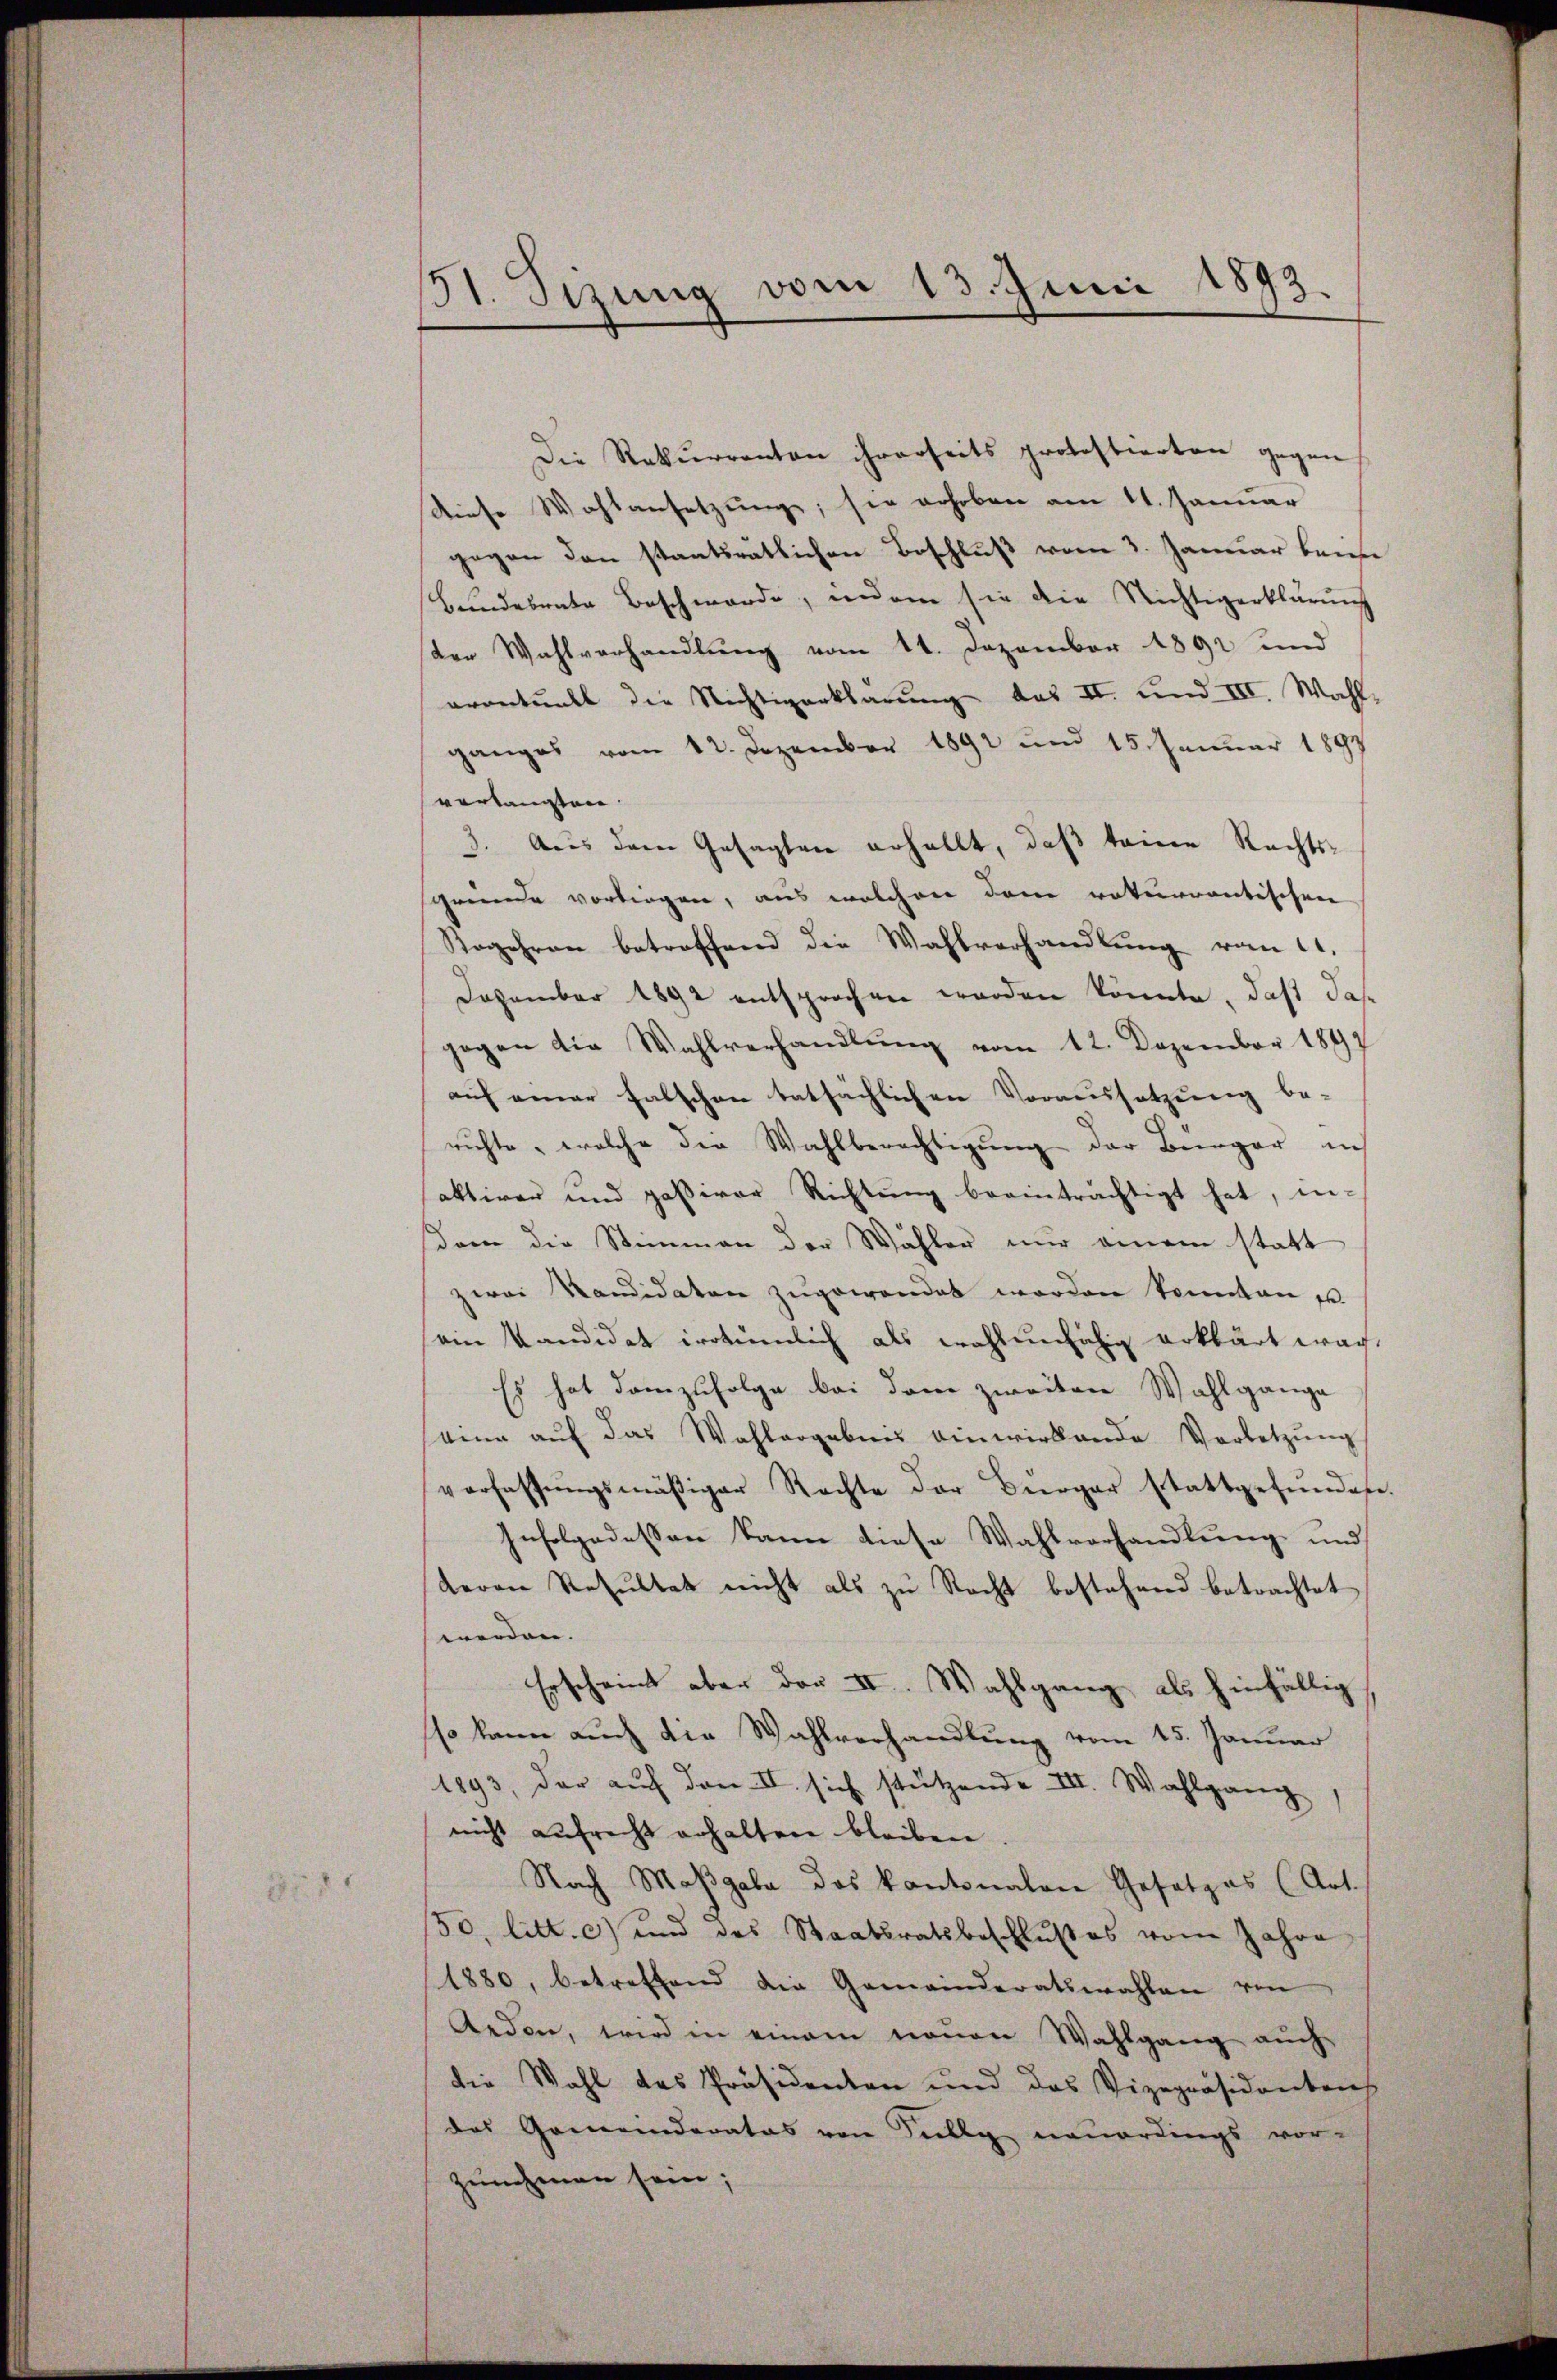
131. Sizung vom 13. Juni 1893.

Die Rekurranten ihrerseits protestierten gegen
diese Wahlansetzung; sie gehoben am 11. Januar
gegen den staatsratlichen Beschluß vom 3. Januar bei
Bundesrate Beschwerde, indem sie die Nichtigerklärung
den Wahlverhandlung vom 11. Dezember 1891 und
erontuell die Nichtigerklärung das II. und III. Wahl-
ganges vom 12. Dezember 1892 und 15. Januar 1897
verkauften.
3. Aus dem Gesagten erhellt, daß keine Rechtssgreunde vorliegen, aus welchen dem roturrentischen
Sogehren betreffend die Wahlverhandlung von 11.
Dezember 1892 entsprochen worden könnte, daß das
gegen die Wahlverhandlung vom 12. Dezember 1847
auf einer falschen tatsächlichen Voraussetzung be-
richte, welche die Wahlberechtigung der Bürger in
aktiver und passiver Richtŭng beeinträchtigt hat, in-
dem die Stimmen der Wähler nur einem statt
zwei Kandidaten zugewendet worden konnten u.
ein Kandidat irrtümlich als wohlenfähig erklärt wage
Es hat demzufolge bei dem zweiten Wahlgange
eine auf das Wahlergebnis einwirkende Vorletzung
verfassŭngsmäßiger Rechte der Bürger stattgefŭnden.
Infolgedessen kann diese Wahlvorhandlung und
Herrn Resŭltat nicht als zu Recht bestehend betrachtet
werden.
Erscheint aber der II. Wahlgang als hinfällig
sso kann auch die Wahlverhandlung vom 15. Januar
1893, der auf den II. sich stützende III. Wahlgang
nicht aufrecht erhaltere bleiben
Nach Maßgabe das kantonalen Gesetzes (Art.
50, litt. c) und das Staatsratsbeschlußes vom Jahre
1880, betreffend die Gemeinderatswahlen von
Geden, wird in einem neŭen Wahlgang aŭch
die Wahl des Präsidenten und das Vizepräsidentens
das Gemeinderates von Filly neuerdings vor-
zunehmen sein;